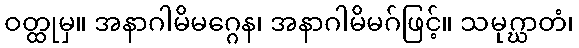
ဝတ္ထုမှ။ အနာဂါမိမဂ္ဂေန၊ အနာဂါမိမဂ်ဖြင့်။ သမုဂ္ဃာတံ၊